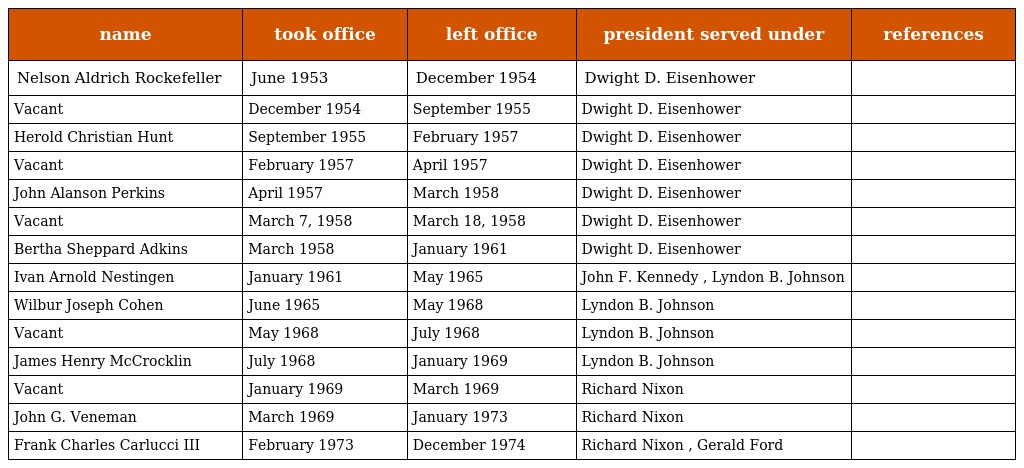
| name | took office | left office | president served under | references |
 | --- | --- | --- | --- | --- |
 | Nelson Aldrich Rockefeller | June 1953 | December 1954 | Dwight D. Eisenhower |  |
 | Vacant | December 1954 | September 1955 | Dwight D. Eisenhower |  |
 | Herold Christian Hunt | September 1955 | February 1957 | Dwight D. Eisenhower |  |
 | Vacant | February 1957 | April 1957 | Dwight D. Eisenhower |  |
 | John Alanson Perkins | April 1957 | March 1958 | Dwight D. Eisenhower |  |
 | Vacant | March 7, 1958 | March 18, 1958 | Dwight D. Eisenhower |  |
 | Bertha Sheppard Adkins | March 1958 | January 1961 | Dwight D. Eisenhower |  |
 | Ivan Arnold Nestingen | January 1961 | May 1965 | John F. Kennedy , Lyndon B. Johnson |  |
 | Wilbur Joseph Cohen | June 1965 | May 1968 | Lyndon B. Johnson |  |
 | Vacant | May 1968 | July 1968 | Lyndon B. Johnson |  |
 | James Henry McCrocklin | July 1968 | January 1969 | Lyndon B. Johnson |  |
 | Vacant | January 1969 | March 1969 | Richard Nixon |  |
 | John G. Veneman | March 1969 | January 1973 | Richard Nixon |  |
 | Frank Charles Carlucci III | February 1973 | December 1974 | Richard Nixon , Gerald Ford |  |